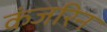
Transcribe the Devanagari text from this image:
कंजरिन